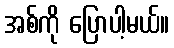
အစ်ကို ပြောပါ့မယ်။